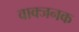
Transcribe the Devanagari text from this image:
वाक्जनक